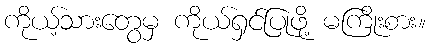
ကိုယ့်သားတွေမှ ကိုယ်ရှင်ပြုဖို့ မကြိုးစား။